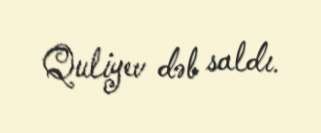
Quliyev dəb saldı.